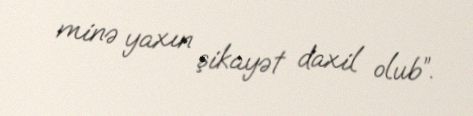
minə yaxın şikayət daxil olub”.